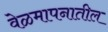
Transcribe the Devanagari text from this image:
वेळमापनातील